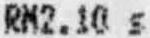
RM2.10 S